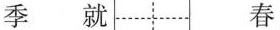
季 就 春